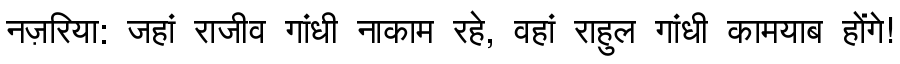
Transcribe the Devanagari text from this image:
नज़रिया: जहां राजीव गांधी नाकाम रहे, वहां राहुल गांधी कामयाब होंगे!